Malaria in the Andamans - Number 56
Disease focus: Malaria
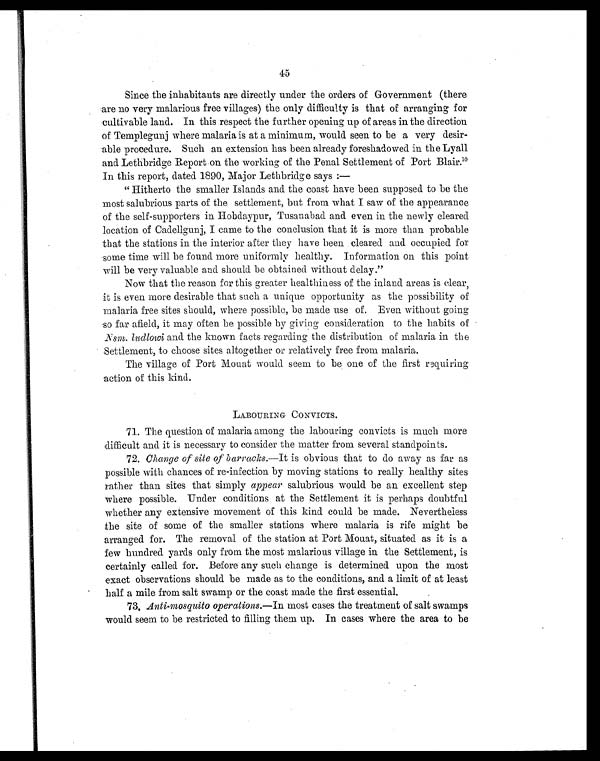
45
Since the inhabitants are directly under the orders of Government (there
are no very malarious free villages) the only difficulty is that of arranging for
cultivable land. In this respect the further opening up of areas in the direction
of Templegunj where malaria is at a minimum, would seen to be a very desir-
able procedure. Such an extension has been already foreshadowed in the Lyall
and Lethbridge Report on the working of the Penal Settlement of Port Blair.'
In this report, dated 1890, Major Lethbridge says :
—
"Hitherto the smaller Islands and the coast have been supposed to be the
most salubrious parts of the settlement, but from what I saw of the appearance
of the self-supporters in Hobdaypur, Tusanabad and even in the newly cleared
location of Cadellgunj, I came to the conclusion that it is more than probable
that the stations in the interior after they have been cleared and occupied for
some time will be found more uniformly healthy. Information on this point
will be very valuable and should be obtained without delay."
Now that the reason for this greater healthiness of the inland areas is clear,
it is even more desirable that such a unique opportunity as the possibility of
malaria free sites should, where possible, be made use of. Even without going
so far afield, it may often be possible by giving consideration to the habits of
. Nsm,. ludlowi and the known facts regarding the distribution of malaria in the
Settlement, to choose sites altogether or relatively free from malaria.
The village of Port Mouat would seem to be one of the first requiring
action of this kind.
LABOURING CONVICTS.
71. The question of malaria among the labouring convicts is much more
difficult and it is necessary to consider the matter from several standpoints.
72. Change of site of barracks .—It is obvious that to do away as far as
possible with chances of re-infection by moving stations to really healthy sites
rather than sites that simply appear salubrious would be an excellent step
where possible. Under conditions at the Settlement it is perhaps doubtful
whether any extensive movement of this kind could be made. Nevertheless
the site of some of the smaller stations where malaria is rife might be
arranged for. The removal of the station at Port Mouat, situated as it is a
few hundred yards only from the most malarious village in the Settlement, is
certainly called for. Before any such change is determined upon the most
exact observations should be made as to the conditions, and a limit of at least
half a mile from salt swamp or the coast made the first essential.
73, Anti-mosquito operations.—In most cases the treatment of salt swamps
would seem to be restricted to filling them up. In cases where the area to be